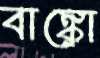
বাঙ্কো